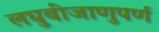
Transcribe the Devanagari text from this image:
लघुबीजाणुपर्ण